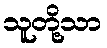
သူတို့သာ